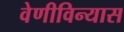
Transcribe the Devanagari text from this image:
वेणीविन्यास